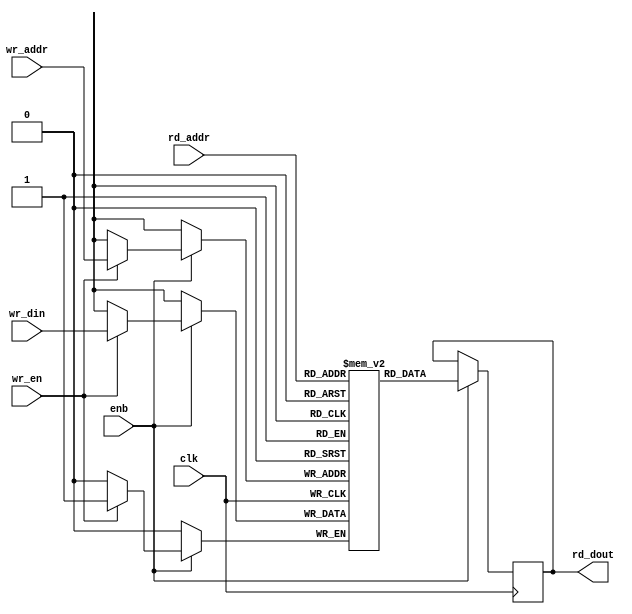
// -------------------------------------------------------------
// 
// 
// Generated by MATLAB 9.8 and HDL Coder 3.16
// 
// -------------------------------------------------------------


// -------------------------------------------------------------
// 
// Module: SimpleDualPortRAM_singlebit
// Source Path: NRPolarDecodeHDL/HDL Algorithm/NR Polar Decoder/Configuration/SimpleDualPortRAM_singlebit
// Hierarchy Level: 3
// 
// -------------------------------------------------------------

`timescale 1 ns / 1 ns

module SimpleDualPortRAM_singlebit
          (clk,
           enb,
           wr_din,
           wr_addr,
           wr_en,
           rd_addr,
           rd_dout);

  parameter AddrWidth = 1;
  parameter DataWidth = 1;

  input   clk;
  input   enb;
  input   wr_din;
  input   [AddrWidth - 1:0] wr_addr;  // parameterized width
  input   wr_en;  // ufix1
  input   [AddrWidth - 1:0] rd_addr;  // parameterized width
  output  rd_dout;


  reg   ram [2**AddrWidth - 1:0];
  reg   data_int;
  integer i;

  initial begin
    for (i=0; i<=2**AddrWidth - 1; i=i+1) begin
      ram[i] = 0;
    end
    data_int = 0;
  end


  always @(posedge clk)
    begin : SimpleDualPortRAM_singlebit_process
      if (enb == 1'b1) begin
        if (wr_en == 1'b1) begin
          ram[wr_addr] <= wr_din;
        end
        data_int <= ram[rd_addr];
      end
    end

  assign rd_dout = data_int;

endmodule  // SimpleDualPortRAM_singlebit